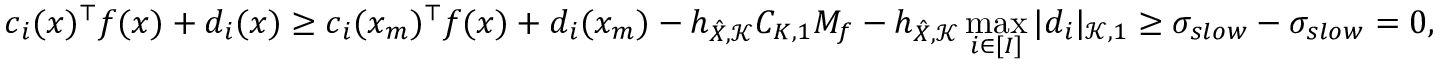
\b c _ { i } ( x ) ^ { \top } \b f ( x ) + d _ { i } ( x ) \ge \b c _ { i } ( x _ { m } ) ^ { \top } \b f ( x ) + d _ { i } ( x _ { m } ) - h _ { \hat { X } , \mathscr { K } } C _ { K , 1 } M _ { f } - h _ { \hat { X } , \mathscr { K } } \operatorname* { m a x } _ { i \in [ I ] } | d _ { i } | _ { \mathscr { K } , 1 } \ge \sigma _ { s l o w } - \sigma _ { s l o w } = 0 ,